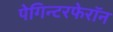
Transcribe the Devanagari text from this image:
पेगिन्टरफेरॉन